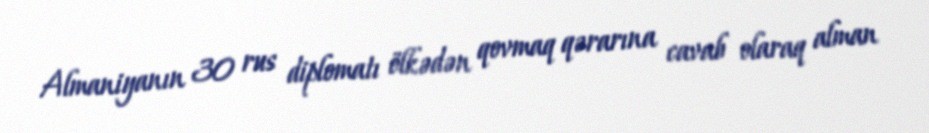
Almaniyanın 30 rus diplomatı ölkədən qovmaq qərarına cavab olaraq alman